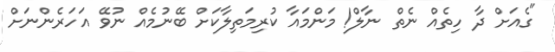
"ގެއަށް ދާ ހިތެއް ނެތް ނާލް! މަންމައާ ކުރިމަތިލާކަށް ބޭނުމެއް ނުވޭ އަހަރެންނަށް